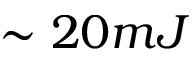
\sim 2 0 m J